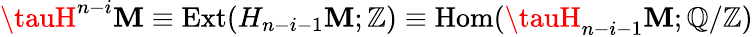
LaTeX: \tauH^{n-i}\mathbf{M}\equiv\mathrm{{Ext}}(H_{n-i-1}\mathbf{M};\mathbb{{Z}})\equiv\mathrm{{Hom}}(\tauH_{n-i-1}\mathbf{M};\mathbb{{Q}}/\mathbb{{Z}})